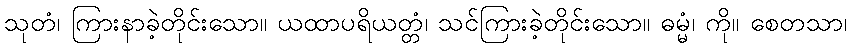
သုတံ၊ ကြားနာခဲ့တိုင်းသော။ ယထာပရိယတ္တံ၊ သင်ကြားခဲ့တိုင်းသော။ ဓမ္မံ၊ ကို။ စေတသာ၊